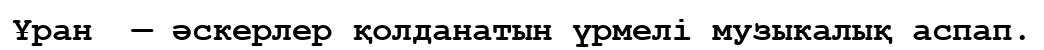
Ұран  — әскерлер қолданатын үрмелі музыкалық аспап.